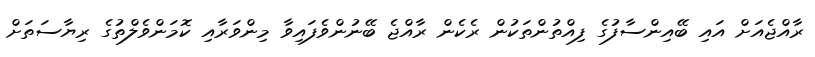
ރާއްޖެއަށް އައި ބޭއިންސާފުގެ ފިއްތުންތަކުން ރެެކެން ރާއްޖެ ބޭނުންވެފައިވާ މިންވަރާއި ކޮމަންވެލްތުގެ ރިޔާސަތަށް